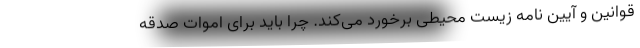
قوانین و آیین نامه زیست محیطی برخورد می‌کند. چرا باید برای اموات صدقه